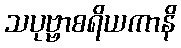
သပုဗ္ဗာစရိယကာနိ